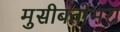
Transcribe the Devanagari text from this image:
मुसीबतोंभरा